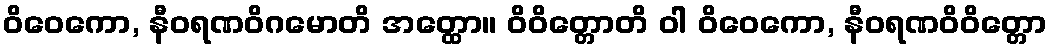
ဝိဝေကော, နီဝရဏဝိဂမောတိ အတ္ထော။ ဝိဝိတ္တောတိ ဝါ ဝိဝေကော, နီဝရဏဝိဝိတ္တော